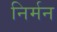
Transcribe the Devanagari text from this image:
निर्मन